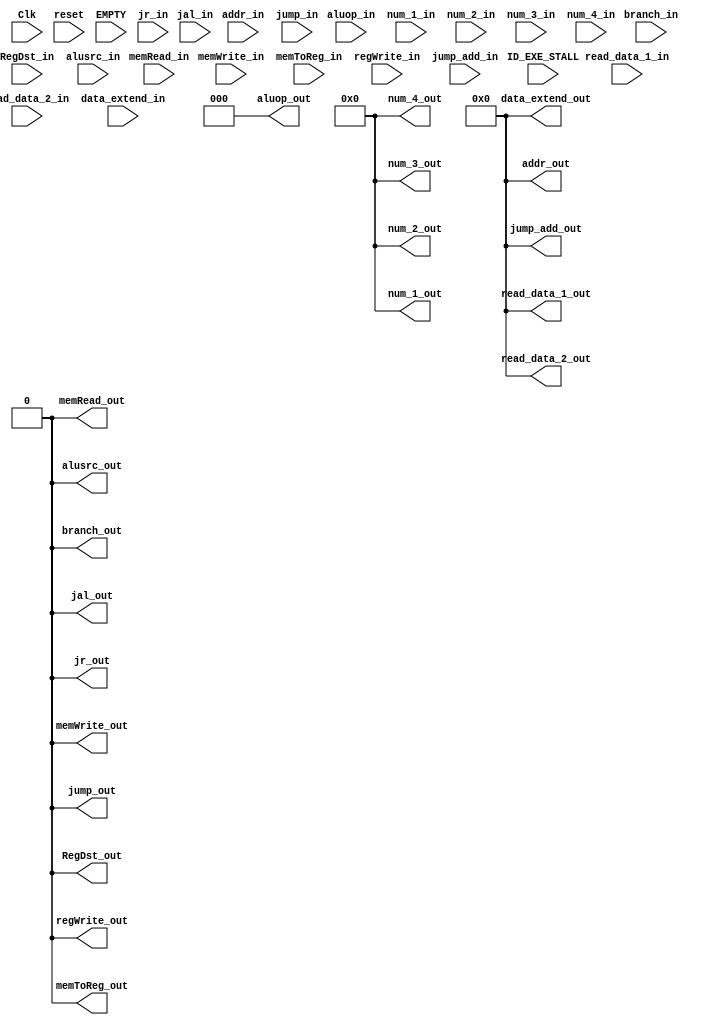
`timescale 1ns / 1ps
//////////////////////////////////////////////////////////////////////////////////
// Company: 
// Engineer: 
// 
// Design Name: 
// Module Name: ID_EXE
// Project Name: 
// Target Devices: 
// Tool Versions: 
// Description: 
// 
// Dependencies: 
// 
// Revision:
// Revision 0.01 - File Created
// Additional Comments:
// 
//////////////////////////////////////////////////////////////////////////////////


module ID_EXE(
    input Clk,
    input reset,
    input ID_EXE_STALL,
    input EMPTY,
    input [31:0] read_data_1_in,
    input [31:0] read_data_2_in,
    input [31:0] data_extend_in,
    input branch_in,
    input RegDst_in,
    input memWrite_in,
    input memRead_in,
    input memToReg_in,
    input regWrite_in,
    input [2:0] aluop_in,
    input alusrc_in,
    input [4:0] num_1_in,
    input [4:0] num_2_in,
    input [4:0] num_3_in,
    input [4:0] num_4_in,
    input [31:0] addr_in,
    input jump_in,
    input jal_in,
    input jr_in,
    input [31:0] jump_add_in,
    output reg [31:0] read_data_1_out,
    output reg [31:0] read_data_2_out,
    output reg [31:0] data_extend_out,
    output reg branch_out,
    output reg RegDst_out,
    output reg memWrite_out,
    output reg memRead_out,
    output reg memToReg_out,
    output reg regWrite_out,
    output reg alusrc_out,
    output reg [2:0] aluop_out,
    output reg [4:0] num_1_out,
    output reg [4:0] num_2_out,
    output reg [4:0] num_3_out,
    output reg [4:0] num_4_out,
    output reg [31:0] addr_out,
    output reg jump_out,
    output reg jal_out,
    output reg jr_out,
    output reg [31:0]jump_add_out
    );
    always @ (posedge Clk)
    begin
        if(ID_EXE_STALL==0)
        begin
            jump_add_out=jump_add_in;
            read_data_1_out=read_data_1_in;
            read_data_2_out=read_data_2_in;
            branch_out=branch_in;
            RegDst_out=RegDst_in;
            memWrite_out=memWrite_in;
            memRead_out=memRead_in;
            memToReg_out=memToReg_in;
            regWrite_out=regWrite_in;
            alusrc_out=alusrc_in;
            aluop_out=aluop_in;
            num_1_out=num_1_in;
            num_2_out=num_2_in;
            num_3_out=num_3_in;
            num_4_out=num_4_in;
            addr_out=addr_in;
            jump_out=jump_in;
            jal_out=jal_in;
            jr_out=jr_in;
            data_extend_out=data_extend_in;
        end
        else begin
            read_data_1_out=read_data_1_in;
            read_data_2_out=read_data_2_in;
            end
    end
    
    always @ (reset or EMPTY)
    begin
        jump_add_out=0;
        read_data_1_out=0;
        read_data_2_out=0;
        branch_out=0;
        RegDst_out=0;
        memWrite_out=0;
        memRead_out=0;
        memToReg_out=0;
        regWrite_out=0;
        alusrc_out=0;
        aluop_out=0;
        num_1_out=0;
        num_2_out=0;
        num_3_out=0;
        num_4_out=0;
        addr_out=0;
        jump_out=0;
        jal_out=0;
        jr_out=0;
        data_extend_out=0;
    end
endmodule